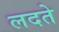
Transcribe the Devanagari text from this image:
लदते